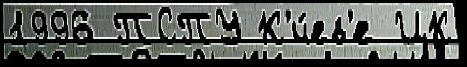
1996 ПСПУ К'и́ев'е ЦК